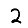
Digit: 2